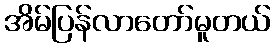
အိမ်ပြန်လာတော်မူတယ်